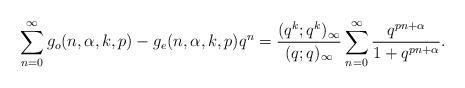
LaTeX: \begin{align*}\sum\limits_{n = 0}^{\infty}g_{o}(n,\alpha, k,p) - g_{e}(n,\alpha, k,p)q^{n} = \frac{(q^{k};q^{k})_{\infty}}{(q;q)_{\infty}} \sum_{n =0 }^{\infty}\frac{q^{pn + \alpha}}{1 + q^{pn + \alpha}}.\end{align*}